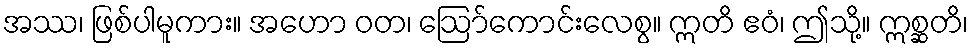
အဿ၊ ဖြစ်ပါမူကား။ အဟော ဝတ၊ ဩော်ကောင်းလေစွ။ ဣတိ ဧဝံ၊ ဤသို့။ ဣစ္ဆတိ၊